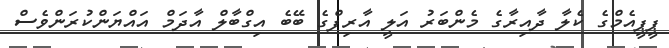
ޕީޕީއެމްގެ ކެލާ ދާއިރާގެ މެންބަރު އަލީ އާރިފްގެ ބޭބެ އިގްބާލް އާދަމް އައްޔަންކުރަންވެސް